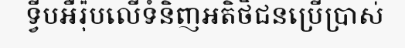
ទ្វីបអឺរ៉ុបលើទំនិញអតិថិជនប្រើប្រាស់